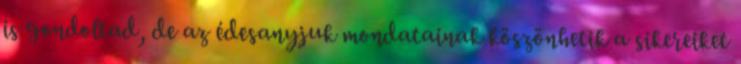
is gondoltad, de az édesanyjuk mondatainak köszönhetik a sikereiket